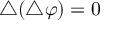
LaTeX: \bigtriangleup ( \bigtriangleup \varphi ) = 0